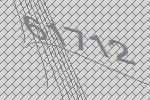
61712